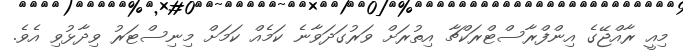
މިއީ ރާއްޖޭގެ އިންފްރާސްޓްރަކްޗާ އިތުރަށް ވަރުގަދަވާނެ ކަމެއް ކަމަށް މިނިސްޓަރު ވިދާޅުވި އެވެ.